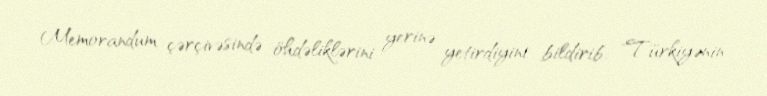
Memorandum çərçivəsində öhdəliklərini yerinə yetirdiyini bildirib: "Türkiyənin